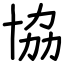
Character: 協